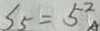
S _ { 5 } = 5 ^ { 2 }